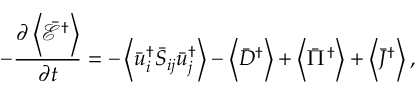
- \frac { { \partial \left\langle { { { \bar { \mathcal E } } ^ { \dag } } } \right\rangle } } { { \partial t } } = - \left\langle { \bar { u } _ { i } ^ { \dag } { { \bar { S } } _ { i j } } \bar { u } _ { j } ^ { \dag } } \right\rangle - \left\langle { { { \bar { D } } ^ { \dag } } } \right\rangle + \left\langle { { { \bar { \Pi } } ^ { \dag } } } \right\rangle + \left\langle { { { \bar { J } } ^ { \dag } } } \right\rangle ,